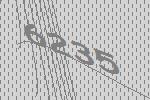
6235